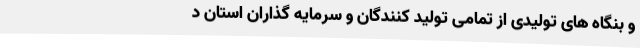
و بنگاه های تولیدی از تمامی تولید کنندگان و سرمایه گذاران استان د